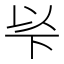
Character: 𠀳